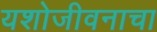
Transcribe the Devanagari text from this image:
यशोजीवनाचा